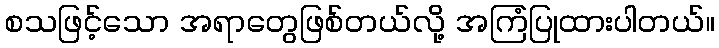
စသဖြင့်သော အရာတွေဖြစ်တယ်လို့ အကြံပြုထားပါတယ်။